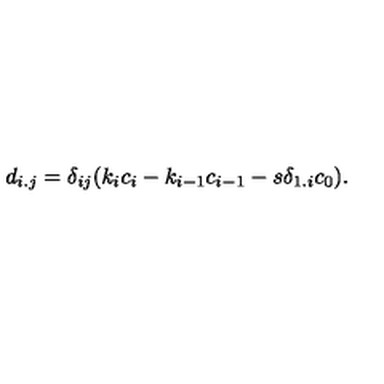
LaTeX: d _ { i . j } = \delta _ { i j } ( k _ { i } c _ { i } - k _ { i - 1 } c _ { i - 1 } - s \delta _ { 1 . i } c _ { 0 } ) .